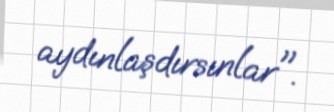
aydınlaşdırsınlar".